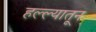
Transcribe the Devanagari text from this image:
हल्ल्यातून